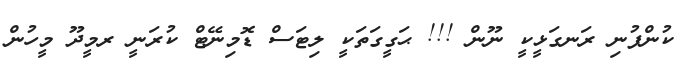
ކުންފުނި ރަނގަޅީކީ ނޫން !!! ޙަގީގަތަކީ ލިޓަސް ޑޮމިނޭޓް ކުރަނީ ރމީދޫ މީހުން